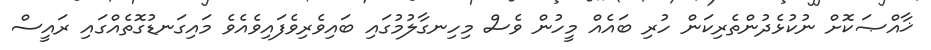
ޚާއްޞަކޮށް ނުކުޅެދުންތެރިކަން ހުރި ބައެއް މީހުން ވެސް މިހިނގާލުމުގައި ބައިވެރިވެފައިވެއެވެ މައިގަނޑުގޮތެއްގައި ރައީސް